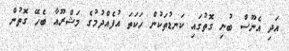
އަދި އެނޫސް ބުނި ގޮތުގައި ކަނޑުތަކުން ހަކަތަ އުފެއްދުމުގެ މަޝްރޫއާ ބެހޭ ގޮތުން